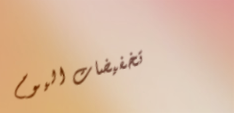
تخفيضات اليوم